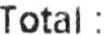
TOTAL: